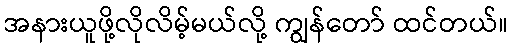
အနားယူဖို့လိုလိမ့်မယ်လို့ ကျွန်တော် ထင်တယ်။